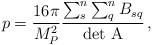
LaTeX: \begin{align*}p=\frac{16\pi}{M_{P}^2}\frac{\sum_{s}^{n}\sum_{q}^{n} B_{sq}}{\rm det~A}\,,\end{align*}